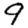
Digit: 9